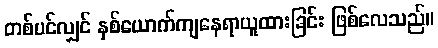
တစ်ပင်လျှင် နှစ်ယောက်ကျနေရာယူထားခြင်း ဖြစ်လေသည်။